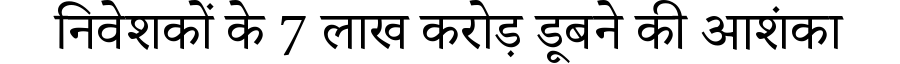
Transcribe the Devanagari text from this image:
निवेशकों के 7 लाख करोड़ डूबने की आशंका